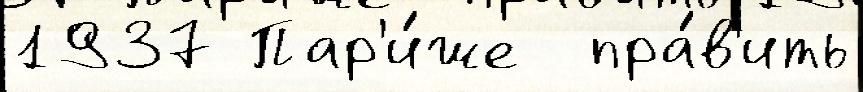
1937 Пар'и́же  пра́в'ить